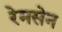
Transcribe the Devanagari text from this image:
रेमसेन